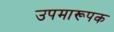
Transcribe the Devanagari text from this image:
उपमारूपक